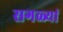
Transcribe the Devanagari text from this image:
सगळ्यां